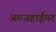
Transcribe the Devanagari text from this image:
अल्जहाईमर